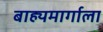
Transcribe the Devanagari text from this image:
बाह्यमार्गाला